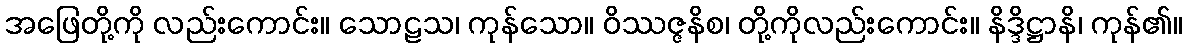
အဖြေတို့ကို လည်းကောင်း။ သောဠသ၊ ကုန်သော။ ဝိဿဇ္ဇနိစ၊ တို့ကိုလည်းကောင်း။ နိဒ္ဒိဋ္ဌာနိ၊ ကုန်၏။